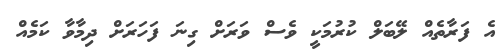
އެ ފަރާތެއް ލޭބަލް ކުރުމަކީ ވެސް ވަރަށް ގިނަ ފަހަރަށް ދިމާވާ ކަމެއް